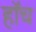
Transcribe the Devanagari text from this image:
हाॅच